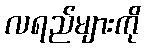
လရည်များကို